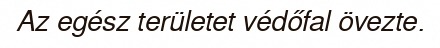
Az egész területet védőfal övezte.